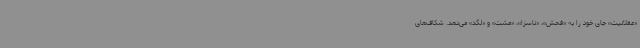
«عقلانیت» جای خود را به «فحش»، «ناسزا»، «مشت» و «لگد» می‌دهد. شکاف‌های